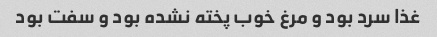
غذا سرد بود و مرغ خوب پخته نشده بود و سفت بود